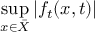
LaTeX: \operatorname* { s u p } _ { x \in { \bar { X } } } | f _ { t } ( x , t ) |